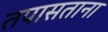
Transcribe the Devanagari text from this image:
तपासताना